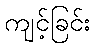
ကျင့်ခြင်း